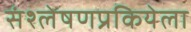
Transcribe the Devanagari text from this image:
संश्लेषणप्रकियेला